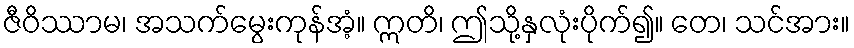
ဇီဝိဿာမ၊ အသက်မွေးကုန်အံ့။ ဣတိ၊ ဤသို့နှလုံးပိုက်၍။ တေ၊ သင်အား။